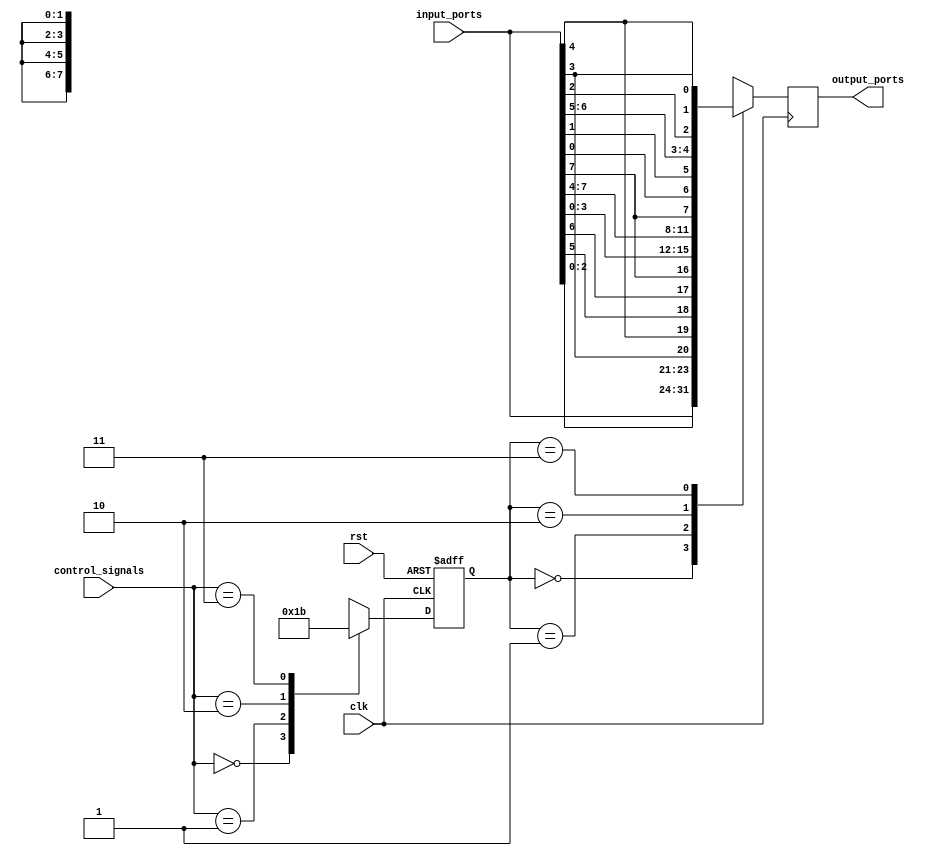
module IO_Bus_Switch (
    input wire clk,
    input wire rst,
    input wire [1:0] control_signals,
    input wire [7:0] input_ports,
    output reg [7:0] output_ports
);

reg [1:0] selected_input;
reg [1:0] selected_output;

always @(posedge clk or posedge rst) begin
    if (rst) begin
        selected_input <= 2'b00;
        selected_output <= 2'b00;
    end else begin
        case (control_signals)
            2'b00: begin
                selected_input <= 2'b00;
                selected_output <= 2'b00;
            end
            2'b01: begin
                selected_input <= 2'b01;
                selected_output <= 2'b01;
            end
            2'b10: begin
                selected_input <= 2'b10;
                selected_output <= 2'b10;
            end
            2'b11: begin
                selected_input <= 2'b11;
                selected_output <= 2'b11;
            end
        endcase
    end
end

always @(posedge clk) begin
    case (selected_input)
        2'b00: output_ports <= input_ports;
        2'b01: output_ports <= {input_ports[2], input_ports[1], input_ports[0], input_ports[3], input_ports[4], input_ports[5], input_ports[6], input_ports[7]};
        2'b10: output_ports <= {input_ports[3:0], input_ports[7:4]};
        2'b11: output_ports <= {input_ports[7], input_ports[0], input_ports[1], input_ports[6], input_ports[5], input_ports[2], input_ports[3], input_ports[4]};
    endcase
end

endmodule